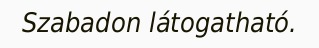
Szabadon látogatható.